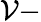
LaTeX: \mathcal{V}-